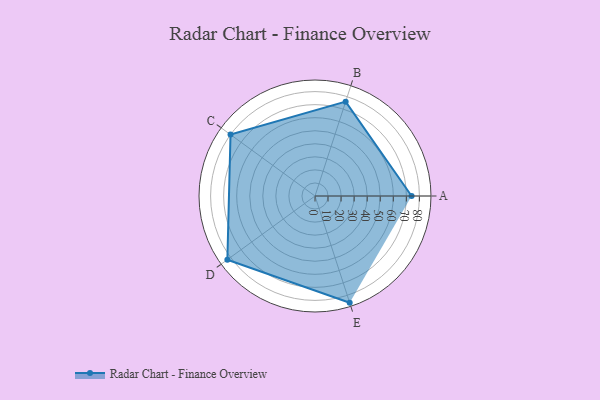
{"axis": {"x": "Skill", "y": "Score"}, "legend": ["Profile"], "data": [{"x": "A", "y": 74.0, "type": "Profile"}, {"x": "B", "y": 76.0, "type": "Profile"}, {"x": "C", "y": 80.0, "type": "Profile"}, {"x": "D", "y": 83.0, "type": "Profile"}, {"x": "E", "y": 86.0, "type": "Profile"}]}